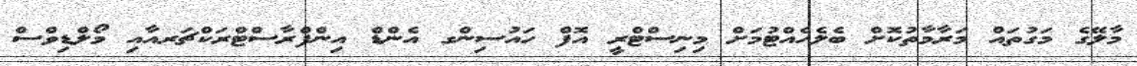
މާލޭގެ މަގުތައް މަރާމާތުކޮށް ބެލެހެއްޓުމަށް މިނިސްޓްރީ އޮފް ހައުސިންގ އެންޑް އިންފްރާސްޓްރަކްޗަރއާއި މޯލްޑިވްސް